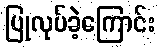
ပြုလုပ်ခဲ့ကြောင်း